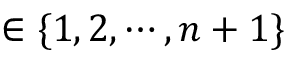
\in \{ 1 , 2 , \cdots , n + 1 \}